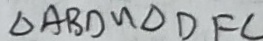
\Delta A B D \sim \Delta D F C